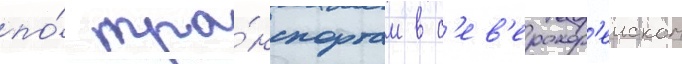
по́ тра́нспортам в с'ев'ерокор'еиском